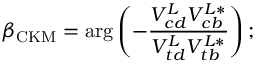
\beta _ { \mathrm { C K M } } = \arg \left( - \frac { V _ { c d } ^ { L } V _ { c b } ^ { L * } } { V _ { t d } ^ { L } V _ { t b } ^ { L * } } \right) ;